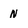
Character: n